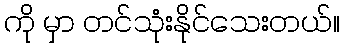
ကို မှာ တင်သုံးနိုင်သေးတယ်။